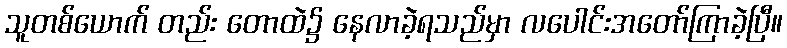
သူတစ်ယောက် တည်း တောထဲ၌ နေလာခဲ့ရသည်မှာ လပေါင်းအတော်ကြာခဲ့ပြီ။